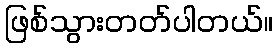
ဖြစ်သွားတတ်ပါတယ်။